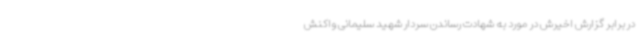
در برابر گزارش اخیرش در مورد به شهادت رساندن سردار شهید سلیمانی واکنش